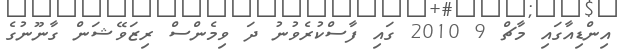
އިންޑިއާގައި މާޗް 9 2010 ގައި ފާސްކުރެވުނު ދަ ވިމެންސް ރިޒަވޭޝަން ގާނޫނުގެ